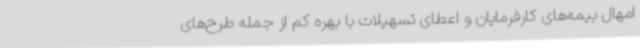
امهال بیمه‌های کارفرمایان و اعطای تسهیلات با بهره کم از جمله طرح‌های